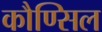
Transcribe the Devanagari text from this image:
कौण्सिल